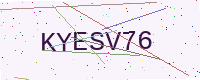
Text: KYESV76